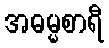
အဓမ္မစာရီ